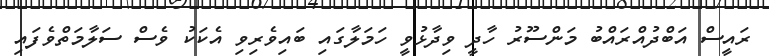
ރައީސް އަބްދުއްރައްބު މަންސޫރު ހާދީ ވިދާޅުވީ ހަމަލާގައި ބައިވެރިވި އެކަކު ވެސް ސަލާމަތްވެފައި